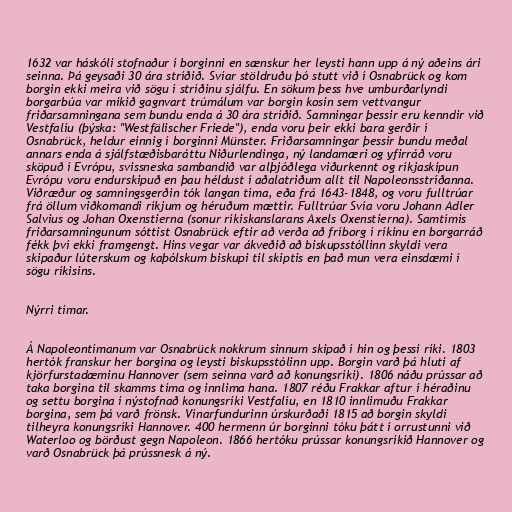
1632 var háskóli stofnaður í borginni en sænskur her leysti hann upp á ný aðeins ári
seinna. Þá geysaði 30 ára stríðið. Svíar stöldruðu þó stutt við í Osnabrück og kom
borgin ekki meira við sögu í stríðinu sjálfu. En sökum þess hve umburðarlyndi
borgarbúa var mikið gagnvart trúmálum var borgin kosin sem vettvangur
friðarsamningana sem bundu enda á 30 ára stríðið. Samningar þessir eru kenndir við
Vestfalíu (þýska: "Westfälischer Friede"), enda voru þeir ekki bara gerðir í
Osnabrück, heldur einnig í borginni Münster. Friðarsamningar þessir bundu meðal
annars enda á sjálfstæðisbaráttu Niðurlendinga, ný landamæri og yfirráð voru
sköpuð í Evrópu, svissneska sambandið var alþjóðlega viðurkennt og ríkjaskipun
Evrópu voru endurskipuð en þau héldust í aðalatriðum allt til Napoleonsstríðanna.
Viðræður og samningsgerðin tók langan tíma, eða frá 1643-1848, og voru fulltrúar
frá öllum viðkomandi ríkjum og héruðum mættir. Fulltrúar Svía voru Johann Adler
Salvius og Johan Oxenstierna (sonur ríkiskanslarans Axels Oxenstierna). Samtímis
friðarsamningunum sóttist Osnabrück eftir að verða að fríborg í ríkinu en borgarráð
fékk því ekki framgengt. Hins vegar var ákveðið að biskupsstóllinn skyldi vera
skipaður lúterskum og kaþólskum biskupi til skiptis en það mun vera einsdæmi í
sögu ríkisins.

Nýrri tímar.

Á Napoleontímanum var Osnabrück nokkrum sinnum skipað í hin og þessi ríki. 1803
hertók franskur her borgina og leysti biskupsstólinn upp. Borgin varð þá hluti af
kjörfurstadæminu Hannover (sem seinna varð að konungsríki). 1806 náðu prússar að
taka borgina til skamms tíma og innlima hana. 1807 réðu Frakkar aftur í héraðinu
og settu borgina í nýstofnað konungsríki Vestfalíu, en 1810 innlimuðu Frakkar
borgina, sem þá varð frönsk. Vínarfundurinn úrskurðaði 1815 að borgin skyldi
tilheyra konungsríki Hannover. 400 hermenn úr borginni tóku þátt í orrustunni við
Waterloo og börðust gegn Napoleon. 1866 hertóku prússar konungsríkið Hannover og
varð Osnabrück þá prússnesk á ný.